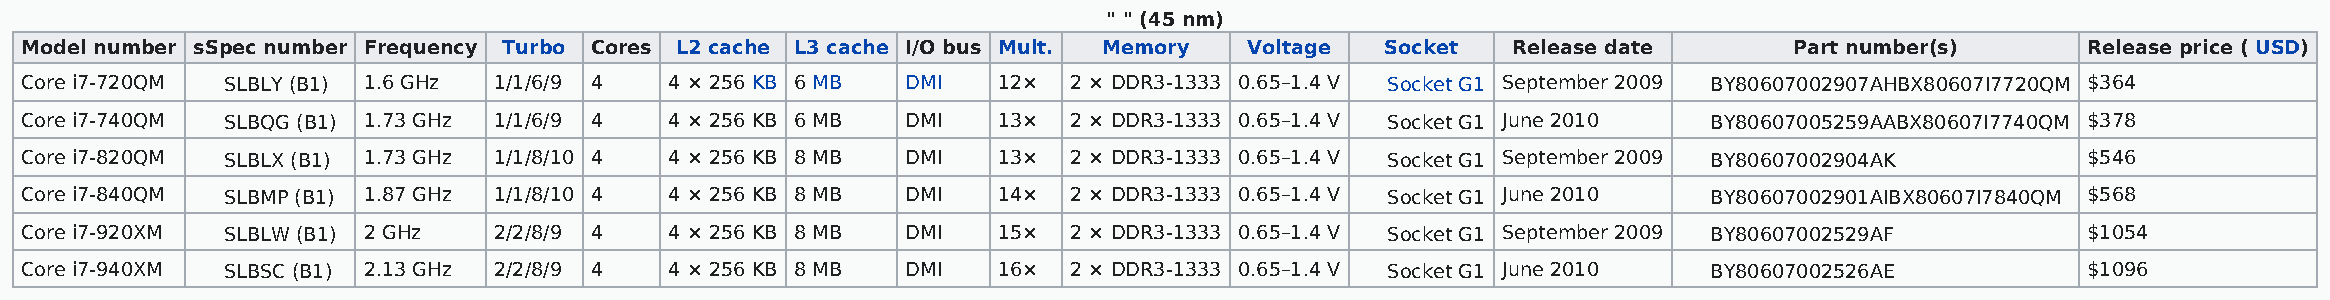
" " (45 nm)
 Model number sSpec number Frequency Turbo Cores L2 cache L3 cache I/O bus Mult. Memory Voltage Socket Release date    Part number(s)     Release price ( USD)
 Core i7-720QM SLBLY (B1) 1.6 GHz 1/1/6/9 4 4 × 256 KB 6 MB DMI   12×  2 × DDR3-1333 0.65–1.4 V Socket G1 September 2009 BY80607002907AHBX80607I7720QM $364
 Core i7-740QM SLBQG (B1) 1.73 GHz 1/1/6/9 4 4 × 256 KB 6 MB DMI  13×  2 × DDR3-1333 0.65–1.4 V Socket G1 June 2010 BY80607005259AABX80607I7740QM $378
 Core i7-820QM SLBLX (B1) 1.73 GHz 1/1/8/10 4 4 × 256 KB 8 MB DMI 13×  2 × DDR3-1333 0.65–1.4 V Socket G1 September 2009 BY80607002904AK  $546
 Core i7-840QM SLBMP (B1) 1.87 GHz 1/1/8/10 4 4 × 256 KB 8 MB DMI 14×  2 × DDR3-1333 0.65–1.4 V Socket G1 June 2010 BY80607002901AIBX80607I7840QM $568
 Core i7-920XM SLBLW (B1) 2 GHz  2/2/8/9 4  4 × 256 KB 8 MB DMI   15×  2 × DDR3-1333 0.65–1.4 V Socket G1 September 2009 BY80607002529AF  $1054
 Core i7-940XM SLBSC (B1) 2.13 GHz 2/2/8/9 4 4 × 256 KB 8 MB DMI  16×  2 × DDR3-1333 0.65–1.4 V Socket G1 June 2010 BY80607002526AE       $1096